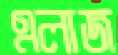
এলাজ